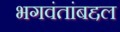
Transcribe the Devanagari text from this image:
भगवंतांबद्दल